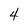
Character: 4